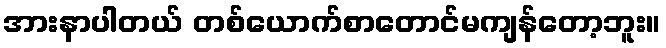
အားနာပါတယ် တစ်ယောက်စာတောင်မကျန်တော့ဘူး။